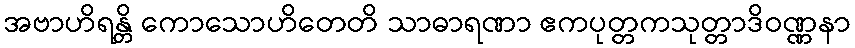
အဗာဟိရန္တိ ကောသောဟိတေတိ သာဓာရဏာ ဧကပုတ္တကသုတ္တာဒိဝဏ္ဏနာ